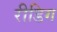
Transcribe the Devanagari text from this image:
रीडिग